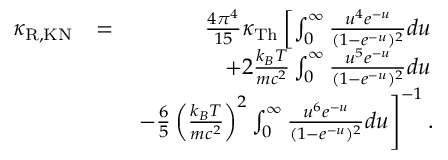
\begin{array} { r l r } { \kappa _ { \mathrm { R , K N } } } & { = } & { \frac { 4 \pi ^ { 4 } } { 1 5 } \kappa _ { \mathrm { T h } } \left[ \int _ { 0 } ^ { \infty } \frac { u ^ { 4 } e ^ { - u } } { ( 1 - e ^ { - u } ) ^ { 2 } } d u \right. } \\ & { } & { \left. + 2 \frac { k _ { B } T } { m c ^ { 2 } } \int _ { 0 } ^ { \infty } \frac { u ^ { 5 } e ^ { - u } } { ( 1 - e ^ { - u } ) ^ { 2 } } d u \right. } \\ & { } & { \left. - \frac { 6 } { 5 } \left( \frac { k _ { B } T } { m c ^ { 2 } } \right) ^ { 2 } \int _ { 0 } ^ { \infty } \frac { u ^ { 6 } e ^ { - u } } { ( 1 - e ^ { - u } ) ^ { 2 } } d u \right] ^ { - 1 } . } \end{array}